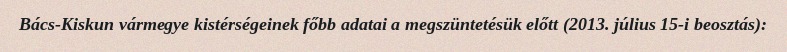
Bács-Kiskun vármegye kistérségeinek főbb adatai a megszüntetésük előtt (2013. július 15-i beosztás):